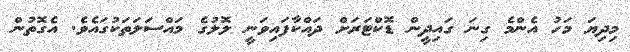
މިދިޔަ މަހު އެންމެ ގިނަ ގައިދީން ޑޮކްޓަރަށް ދައްކާފައިވަނީ ލޮލުގެ މައްސަލަތަކުގައެވެ. އެގޮތުން